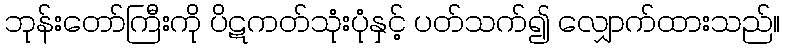
ဘုန်းတော်ကြီးကို ပိဋကတ်သုံးပုံနှင့် ပတ်သက်၍ လျှောက်ထားသည်။